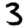
Digit: 3